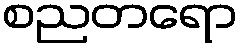
စညတရော